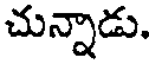
చున్నాడు.